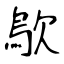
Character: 歍